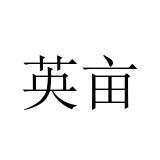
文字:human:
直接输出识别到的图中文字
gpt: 英亩